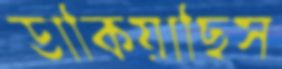
ডাকিয়াছিস